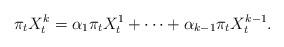
LaTeX: \begin{align*} \pi_t X_t^k=\alpha_1\pi_t X_t^1+\dots+\alpha_{k-1}\pi_t X^{k-1}_t. \end{align*}